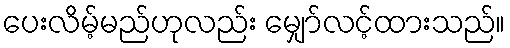
ပေးလိမ့်မည်ဟုလည်း မျှော်လင့်ထားသည်။